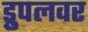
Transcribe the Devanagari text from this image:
ड्रुपलवर